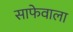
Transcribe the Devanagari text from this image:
साफेवाला